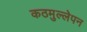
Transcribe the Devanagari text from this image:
कठमुल्लेपन